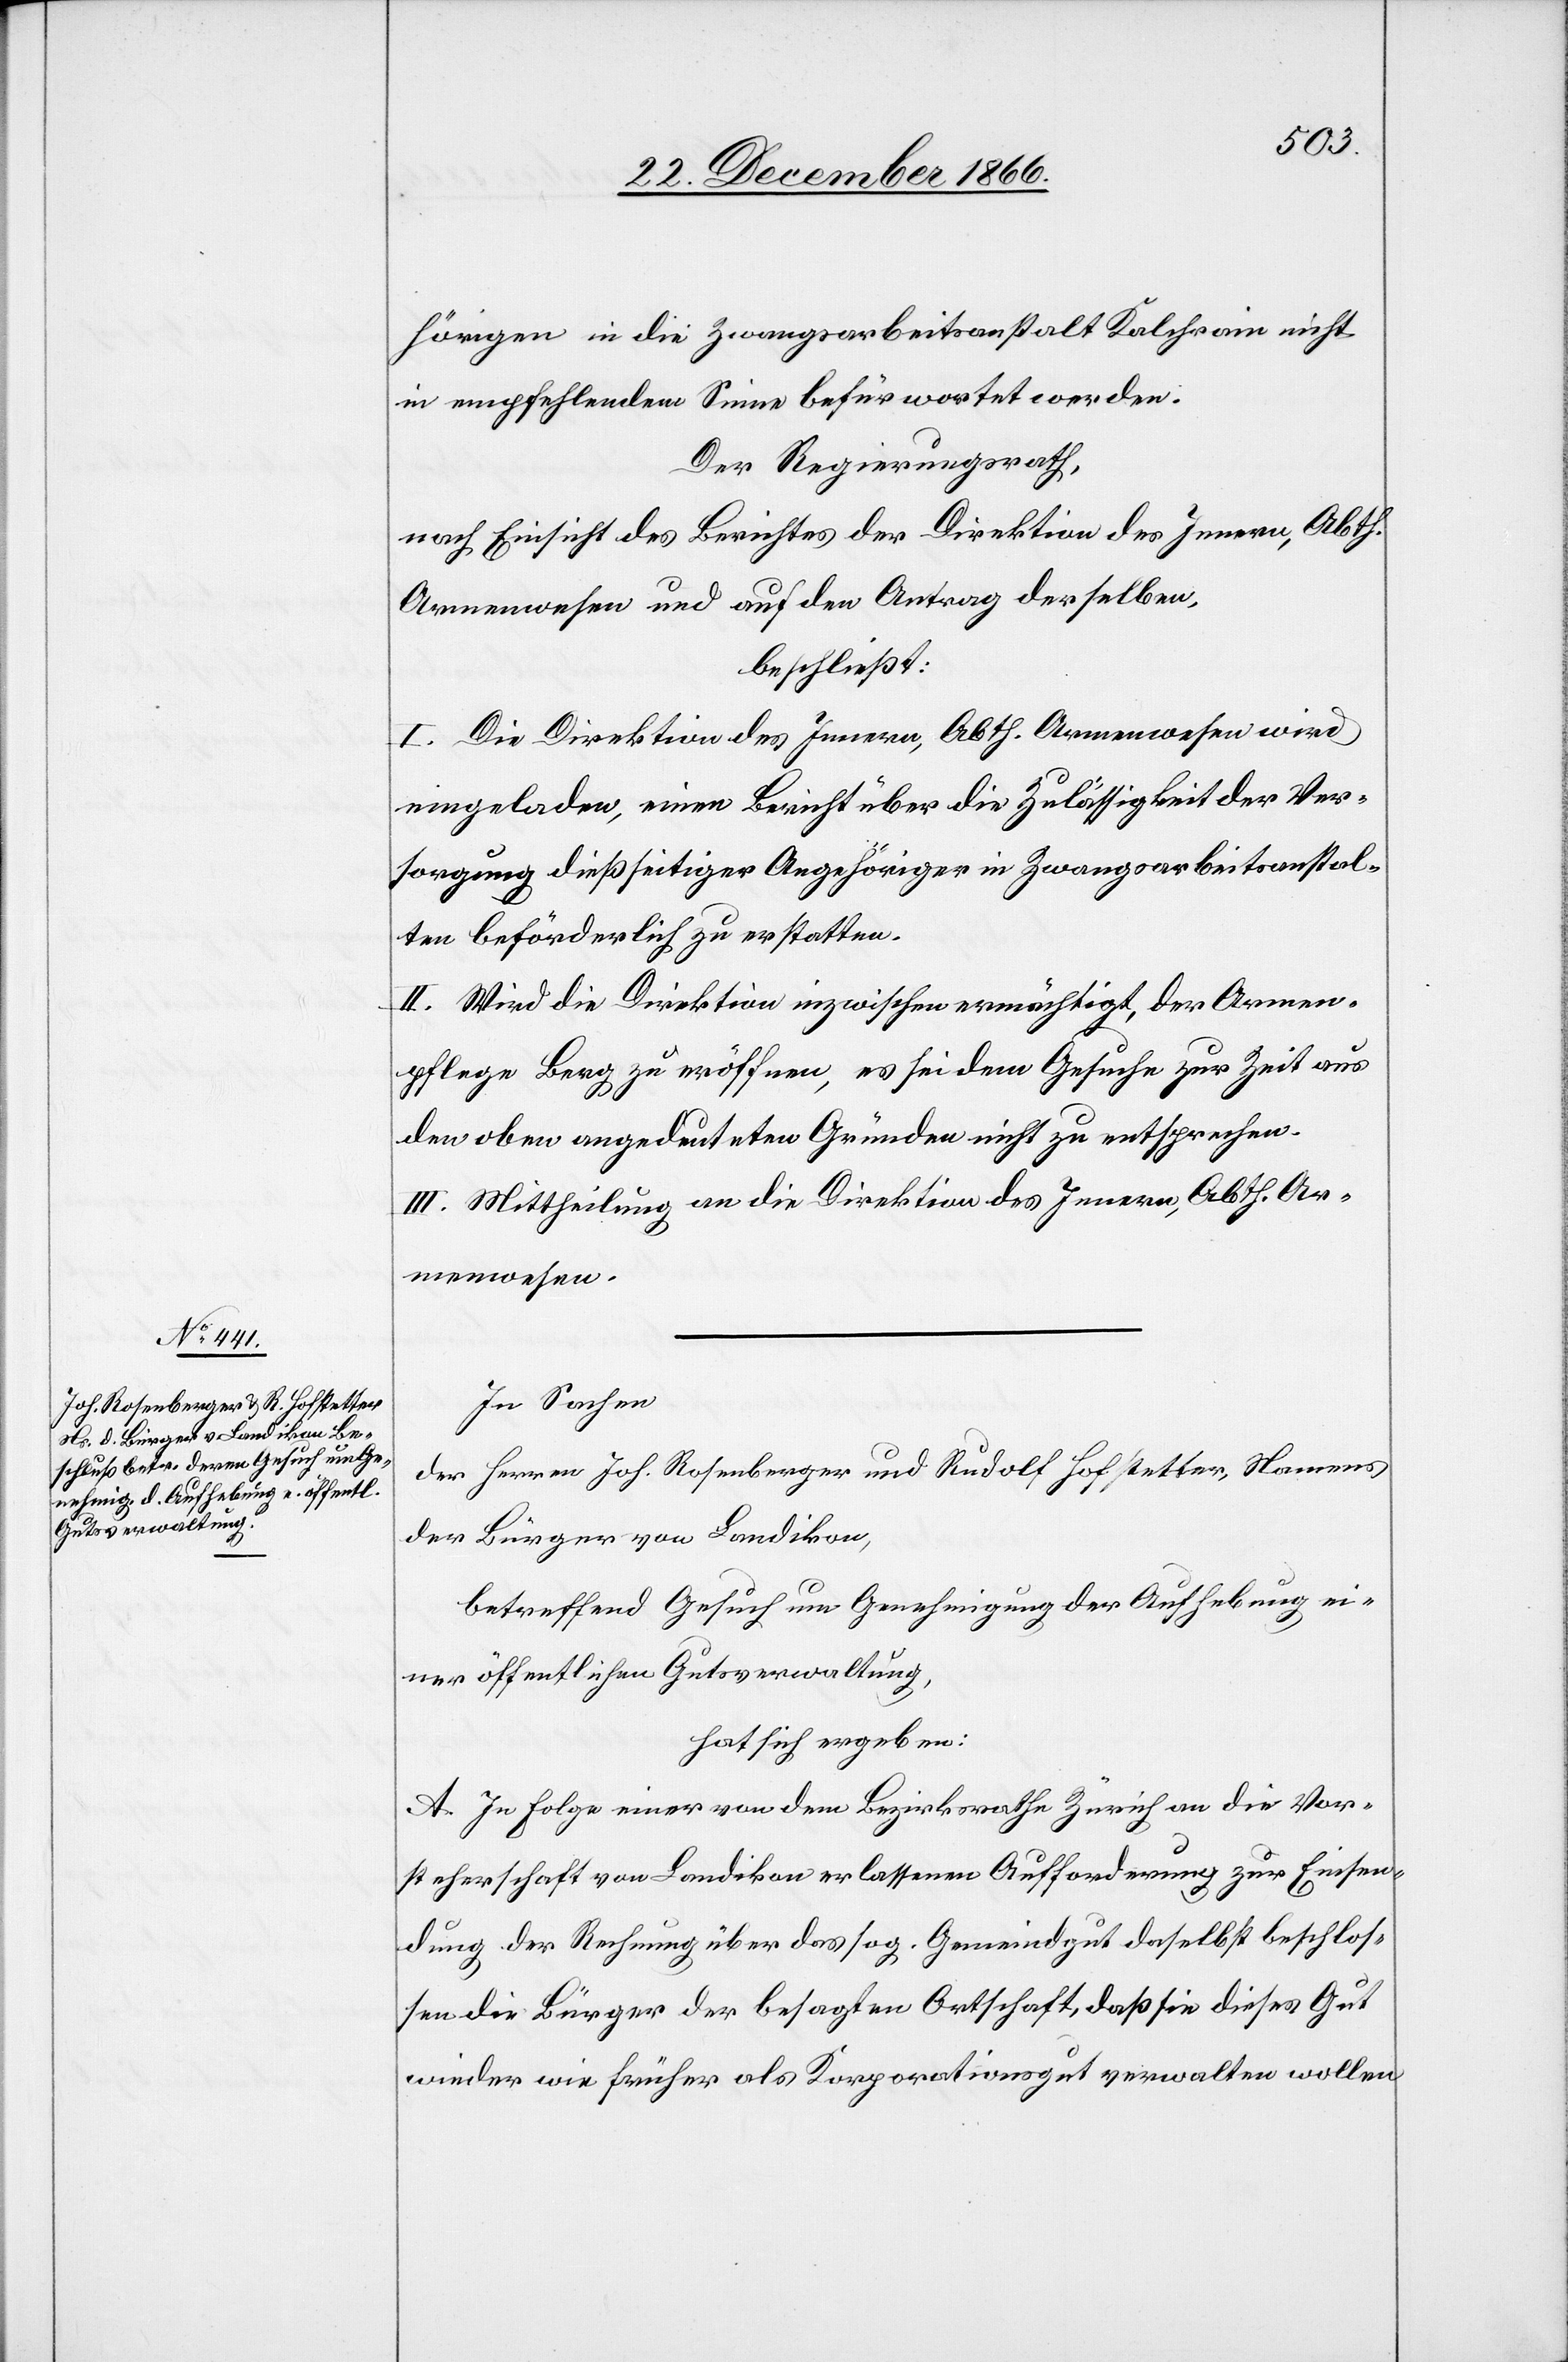
hörigen in die Zwangsarbeitsanstalt Kalchrain nicht
in empfehlendem Sinne befürwortet werden.
Der Regierungsrath,
nach Einsicht des Berichtes der Direktion des Innern, Abth.
Armenwesen und auf den Antrag derselben,
beschließt:
I. Die Direktion des Innern, Abth. Armenwesen wird
eingeladen, einen Bericht über die Zulässigkeit der Ver¬
sorgung dießseitiger Angehöriger in Zwangsarbeitsanstal¬
ten beförderlich zu erstatten.
II. Wird die Direktion inzwischen ermächtigt, der Armen¬
pflege Berg zu eröffnen, es sei dem Gesuche zur Zeit aus
den oben angedeuteten Gründen nicht zu entsprechen.
III. Mittheilung an die Direktion des Innern, Abth. Ar¬
menwesen.
In Sachen
der Herren Joh. Rosenberger und Rudolf Hofstetter, Namens
der Bürger von Landikon,
betreffend Gesuch um Genehmigung der Aufhebung ei¬
ner öffentlichen Gutsverwaltung,
hat sich ergeben:
A. In Folge einer von dem Bezirksrathe Zürich an die Vor¬
steherschaft von Landikon erlassenen Aufforderung zur Einsen¬
dung der Rechnung über das sog. Gemeindgut daselbst beschlos¬
sen die Bürger der besagten Ortschaft, daß sie dieses Gut
wieder wie früher als Korporationsgut verwalten wollen